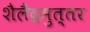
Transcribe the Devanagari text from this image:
शैलैंद्रमुत्तर